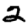
Digit: 2